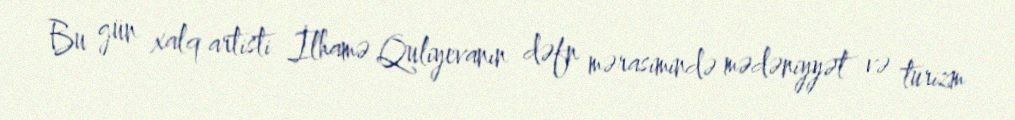
Bu gün xalq artisti İlhamə Quliyevanın dəfn mərasimində mədəniyyət və turizm